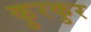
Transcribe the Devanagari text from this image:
कुरकुर